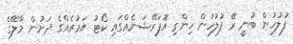
ފުލުހުން ބުނީ ރޭ ފުލުހުން ހިންގި އޮޕަރޭޝަނެއްގައި ކޯޓު އަމުރެއްގެ ދަށުން މާލޭގެ